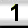
Digit: 1